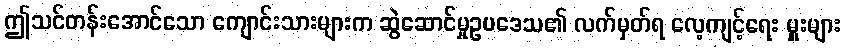
ဤသင်တန်းအောင်သော ကျောင်းသားများက ဆွဲဆောင်မှုဥပဒေသ၏ လက်မှတ်ရ လေ့ကျင့်ရေး မှူးများ